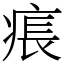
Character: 痮